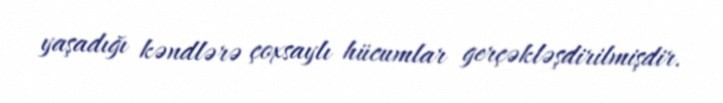
yaşadığı kəndlərə çoxsaylı hücumlar gerçəkləşdirilmişdir.